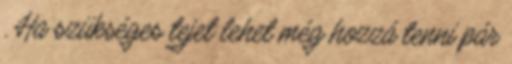
. Ha szükséges tejet lehet még hozzá tenni pár